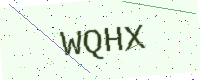
Text: WQHX